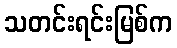
သတင်းရင်းမြစ်က